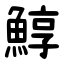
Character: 鯙